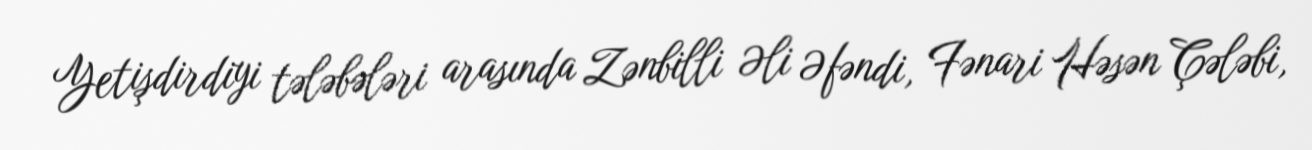
Yetişdirdiyi tələbələri arasında Zənbilli Əli Əfəndi, Fənari Həsən Çələbi,